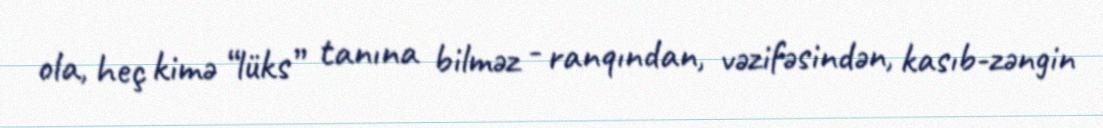
ola, heç kimə “lüks” tanına bilməz - ranqından, vəzifəsindən, kasıb-zəngin